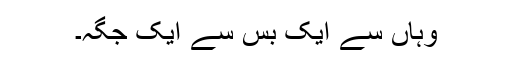
وہاں سے ایک بس سے ایک جگہ۔